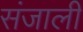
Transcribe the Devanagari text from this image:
संजाली